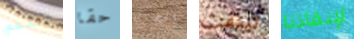
بالدعم حقا الحجري تلتفت لإنقاذنا